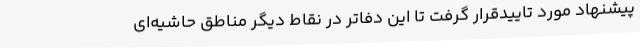
پیشنهاد مورد تاییدقرار گرفت تا این دفاتر در نقاط دیگر مناطق حاشیه‌ای